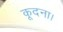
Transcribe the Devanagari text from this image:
कूदना।